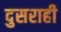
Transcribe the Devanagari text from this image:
दुसराही